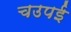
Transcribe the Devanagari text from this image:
चउपई